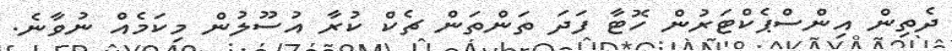
ދެތިން އިންސްޕެކްޓަރުން ހޮޓާ ފަދަ ތަންތަން ޗެކް ކުރާ އުސޫލުން މިކަމެއް ނުވާނެ.